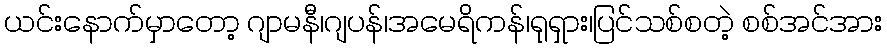
ယင်းနောက်မှာတော့ ဂျာမနီ၊ဂျပန်၊အမေရိကန်၊ရုရှား၊ပြင်သစ်စတဲ့ စစ်အင်အား